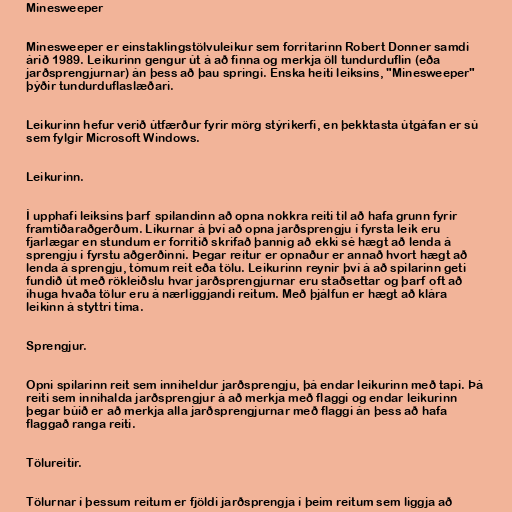
Minesweeper

Minesweeper er einstaklingstölvuleikur sem forritarinn Robert Donner samdi
árið 1989. Leikurinn gengur út á að finna og merkja öll tundurduflin (eða
jarðsprengjurnar) án þess að þau springi. Enska heiti leiksins, "Minesweeper"
þýðir tundurduflaslæðari.

Leikurinn hefur verið útfærður fyrir mörg stýrikerfi, en þekktasta útgáfan er sú
sem fylgir Microsoft Windows.

Leikurinn.

Í upphafi leiksins þarf spilandinn að opna nokkra reiti til að hafa grunn fyrir
framtíðaraðgerðum. Líkurnar á því að opna jarðsprengju í fyrsta leik eru
fjarlægar en stundum er forritið skrifað þannig að ekki sé hægt að lenda á
sprengju í fyrstu aðgerðinni. Þegar reitur er opnaður er annað hvort hægt að
lenda á sprengju, tómum reit eða tölu. Leikurinn reynir því á að spilarinn geti
fundið út með rökleiðslu hvar jarðsprengjurnar eru staðsettar og þarf oft að
íhuga hvaða tölur eru á nærliggjandi reitum. Með þjálfun er hægt að klára
leikinn á styttri tíma.

Sprengjur.

Opni spilarinn reit sem inniheldur jarðsprengju, þá endar leikurinn með tapi. Þá
reiti sem innihalda jarðsprengjur á að merkja með flaggi og endar leikurinn
þegar búið er að merkja alla jarðsprengjurnar með flaggi án þess að hafa
flaggað ranga reiti.

Tölureitir.

Tölurnar í þessum reitum er fjöldi jarðsprengja í þeim reitum sem liggja að